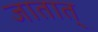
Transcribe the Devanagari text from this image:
जातात्